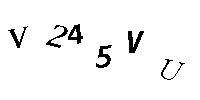
V245VU